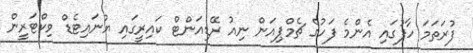
ފުރަތަމަ ހާފުގައި އެންމެ ފަހުގެ ޗެމްޕިއަން ނިއު ރޭޑިއަންޓް ކައިރީގައި ޔުނައިޓެޑް ވިކްޓަރީން